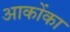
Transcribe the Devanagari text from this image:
आकोंका